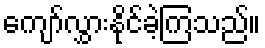
ကျော်လွှားနိုင်ခဲ့ကြသည်။